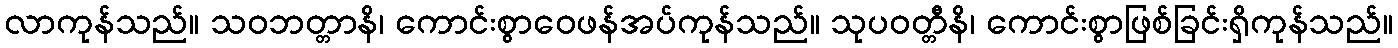
လာကုန်သည်။ သဝဘတ္တာနိ၊ ကောင်းစွာဝေဖန်အပ်ကုန်သည်။ သုပဝတ္တီနိ၊ ကောင်းစွာဖြစ်ခြင်းရှိကုန်သည်။